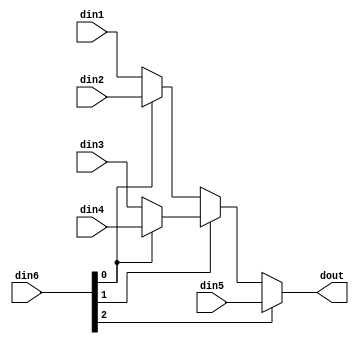
module sp_mux_5to1_sel3_4_1 #(
parameter
    ID                = 0,
    NUM_STAGE         = 1,
    din1_WIDTH       = 32,
    din2_WIDTH       = 32,
    din3_WIDTH       = 32,
    din4_WIDTH       = 32,
    din5_WIDTH       = 32,
    din6_WIDTH         = 32,
    dout_WIDTH            = 32
)(
    input  [3 : 0]     din1,
    input  [3 : 0]     din2,
    input  [3 : 0]     din3,
    input  [3 : 0]     din4,
    input  [3 : 0]     din5,
    input  [2 : 0]    din6,
    output [3 : 0]   dout);
wire [2 : 0]     sel;
wire [3 : 0]         mux_1_0;
wire [3 : 0]         mux_1_1;
wire [3 : 0]         mux_1_2;
wire [3 : 0]         mux_2_0;
wire [3 : 0]         mux_2_1;
wire [3 : 0]         mux_3_0;
assign sel = din6;
assign mux_1_0 = (sel[0] == 0)? din1 : din2;
assign mux_1_1 = (sel[0] == 0)? din3 : din4;
assign mux_1_2 = din5;
assign mux_2_0 = (sel[1] == 0)? mux_1_0 : mux_1_1;
assign mux_2_1 = mux_1_2;
assign mux_3_0 = (sel[2] == 0)? mux_2_0 : mux_2_1;
assign dout = mux_3_0;
endmodule